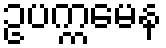
ဥပက္ကမေန